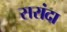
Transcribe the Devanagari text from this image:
सरांदा